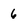
Character: 6